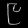
Digit: ၉